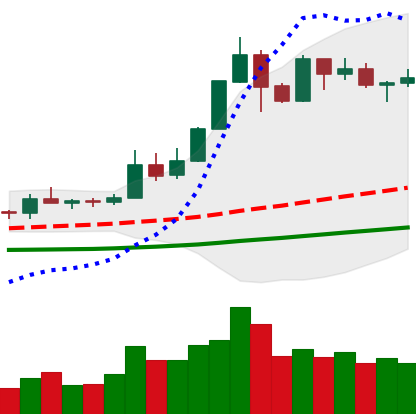
Ticker: ETH-USD
Chart end date: 2019-05-24
Forward return: 8.005%
Label: up_7plus